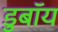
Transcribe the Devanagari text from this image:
डुबॉय